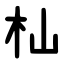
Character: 杣